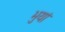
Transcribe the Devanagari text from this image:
भुयां